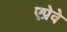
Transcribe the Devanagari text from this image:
एप्रेवे